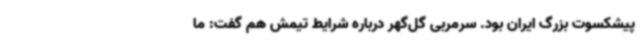
پیشکسوت بزرگ ایران بود. سرمربی گل‌گهر درباره شرایط تیمش هم گفت: ما